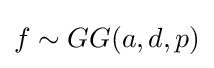
f\sim GG(a,d,p)